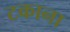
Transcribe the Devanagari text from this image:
टकाना